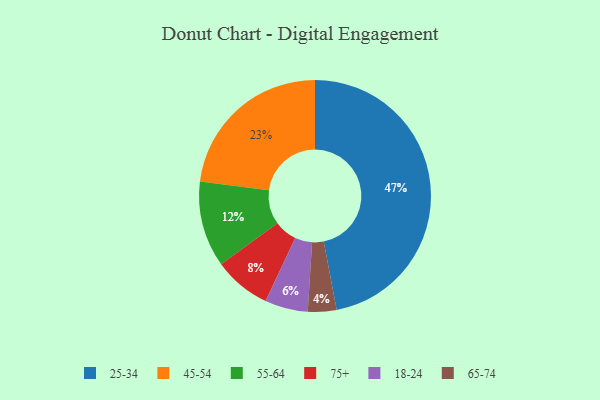
{"axis": {"x": "Category", "y": "Percentage"}, "legend": ["18-24", "25-34", "45-54", "55-64", "65-74", "75+"], "data": [{"x": "75+", "y": 8, "type": "75+"}, {"x": "18-24", "y": 6, "type": "18-24"}, {"x": "45-54", "y": 23, "type": "45-54"}, {"x": "55-64", "y": 12, "type": "55-64"}, {"x": "65-74", "y": 4, "type": "65-74"}, {"x": "25-34", "y": 47, "type": "25-34"}]}